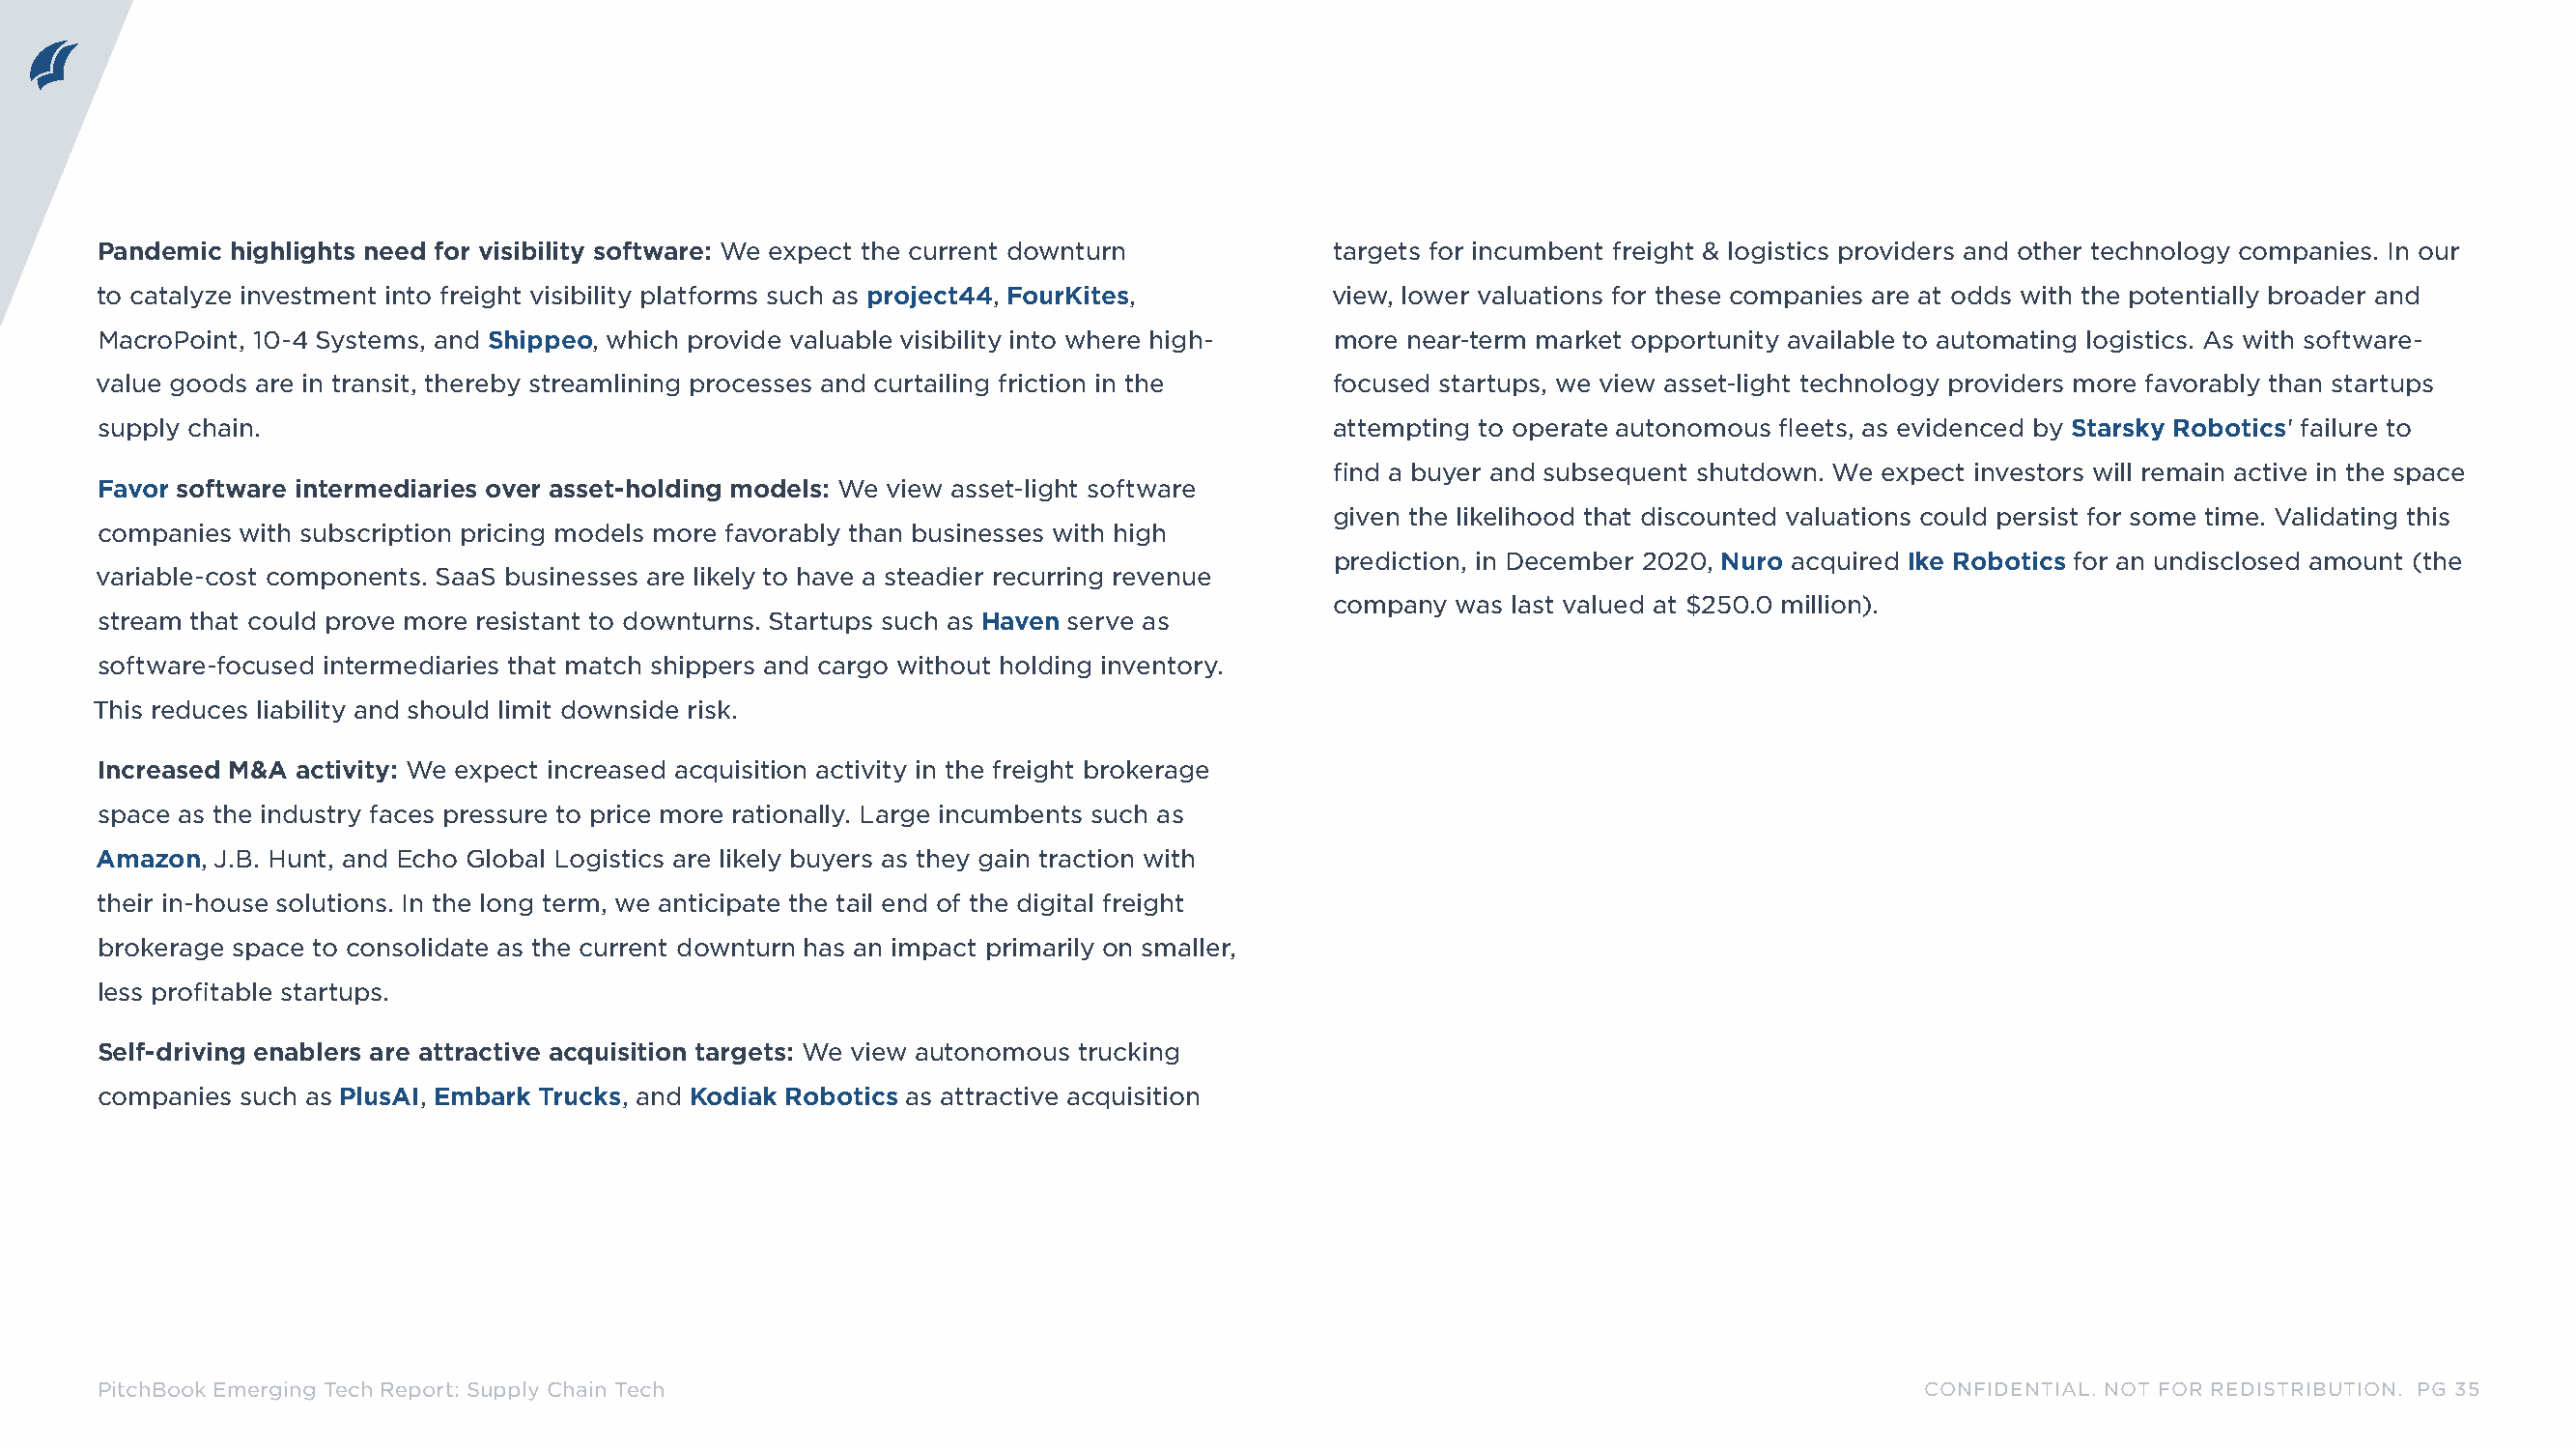
Pandemic highlights need for visibility software: We expect the current downturn    targets for incumbent freight & logistics providers and other technology companies. In our
 to catalyze investment into freight visibility platforms such as project44, FourKites, view, lower valuations for these companies are at odds with the potentially broader and
 MacroPoint, 10-4 Systems, and Shippeo, which provide valuable visibility into where high- more near-term market opportunity available to automating logistics. As with software-
 value goods are in transit, thereby streamlining processes and curtailing friction in the focused startups, we view asset-light technology providers more favorably than startups
 supply chain.                                                                       attempting to operate autonomous fleets, as evidenced by Starsky Robotics' failure to
 find a buyer and subsequent shutdown. We expect investors will remain active in the space
 Favor software intermediaries over asset-holding models: We view asset-light software
 given the likelihood that discounted valuations could persist for some time. Validating this
 companies with subscription pricing models more favorably than businesses with high
 prediction, in December 2020, Nuro acquired Ike Robotics for an undisclosed amount (the
 variable-cost components. SaaS businesses are likely to have a steadier recurring revenue
 company  was last valued at $250.0 million).
 stream that could prove more resistant to downturns. Startups such as Haven serve as
 software-focused intermediaries that match shippers and cargo without holding inventory.
 This reduces liability and should limit downside risk.
 Increased M&A activity: We expect increased acquisition activity in the freight brokerage
 space as the industry faces pressure to price more rationally. Large incumbents such as
 Amazon, J.B. Hunt, and Echo Global Logistics are likely buyers as they gain traction with
 their in-house solutions. In the long term, we anticipate the tail end of the digital freight
 brokerage space to consolidate as the current downturn has an impact primarily on smaller,
 less profitable startups.
 Self-driving enablers are attractive acquisition targets: We view autonomous trucking
 companies such as PlusAI, Embark Trucks, and Kodiak Robotics as attractive acquisition
 PitchBook Emerging Tech Report: Supply Chain Tech                                                                            CONFIDENTIAL. NOT FOR REDISTRIBUTION. PG 35